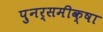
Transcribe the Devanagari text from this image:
पुनर्समीक्षा